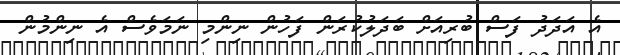
އެ އަދަދު ފަސް ބުރިއަށް ބަދަލުކުރަން ފަހުން ނިންމި ނަމަވެސް އެ ނިންމުން